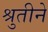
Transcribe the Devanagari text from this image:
श्रुतीने